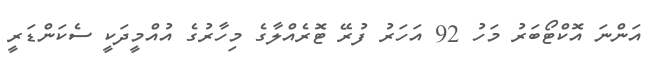
އަންނަ އޮކްޓޯބަރު މަހު 92 އަހަރު ފުރޭ ޓޮރެއްލާގެ މިހާރުގެ އުއްމީދަކީ ސެކަންޑަރީ